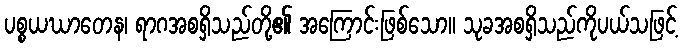
ပစ္စယဃာတေန၊ ရာဂအစရှိသည်တို့၏ အကြောင်းဖြစ်သော။ သုခအစရှိသည်ကိုပယ်သဖြင့်